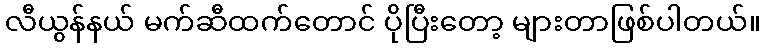
လီယွန်နယ် မက်ဆီထက်တောင် ပိုပြီးတော့ များတာဖြစ်ပါတယ်။